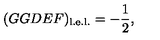
( G G D E F ) _ { \mathrm { l . e . l . } } = - \frac { 1 } { 2 } ,